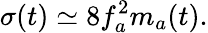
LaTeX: \sigma(t)\simeq 8f_{a}^{2}m_{a}(t).